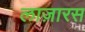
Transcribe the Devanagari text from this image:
लाज़ारस